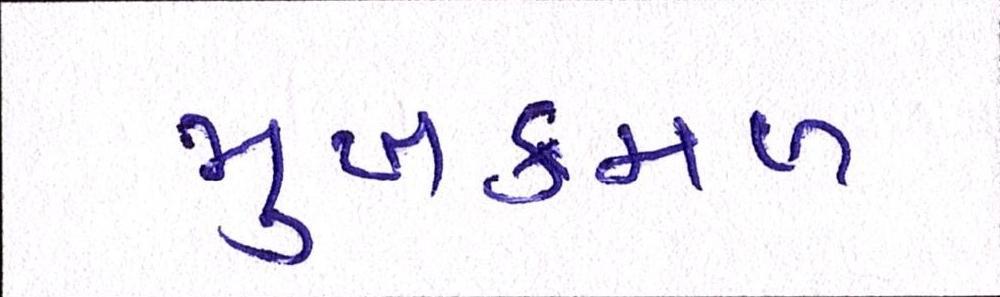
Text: મુખકમળ